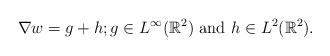
LaTeX: \begin{align*}\nabla w = g + h; g\in L^\infty(\mathbb{R}^2) \mbox{ and } h\in L^2(\mathbb{R}^2).\end{align*}